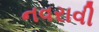
નવરાવી